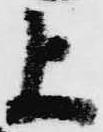
上